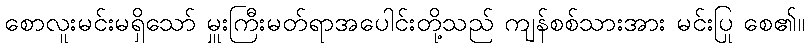
စောလူးမင်းမရှိသော် မှူးကြီးမတ်ရာအပေါင်းတို့သည် ကျန်စစ်သားအား မင်းပြု စေ၏။